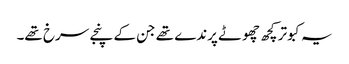
یہ کبوتر کچھ چھوٹے پرندے تھے جن کے پنجے سرخ تھے۔